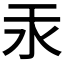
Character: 汞